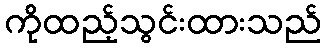
ကိုထည့်သွင်းထားသည်